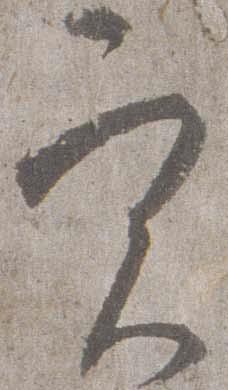
実